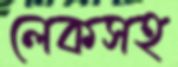
লেকসহ